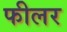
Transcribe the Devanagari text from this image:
फीलर